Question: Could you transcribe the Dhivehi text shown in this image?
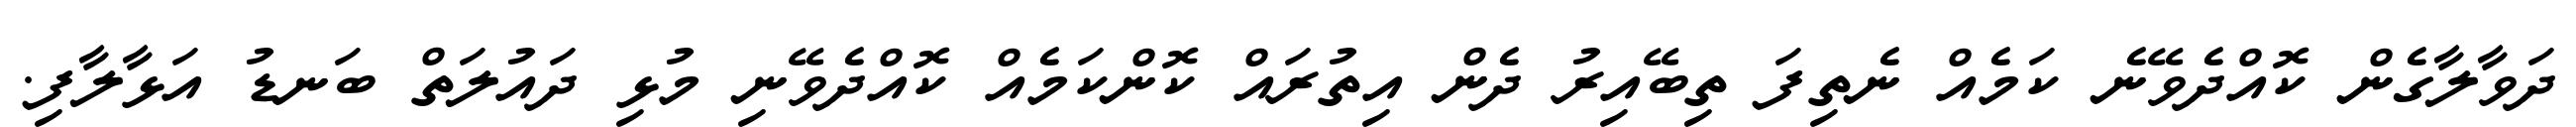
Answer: ދަވާލާގެން ކޮއްދެވޭނެ ކަމެއް ނެތިފަ ތިބޭއިރު ދެން އިތުރައް ކޮންކަމެއް ކޮއްދެވޭނި މުޅި ދައުލަތް ބަނޑު އަޅާލާފި.